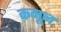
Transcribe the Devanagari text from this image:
क़नून